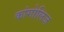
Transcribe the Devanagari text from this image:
कांगोलिज